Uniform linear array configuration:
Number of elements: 12
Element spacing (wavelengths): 0.5
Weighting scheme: exponential
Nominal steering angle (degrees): -15
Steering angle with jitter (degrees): -14.608
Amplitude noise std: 0.05
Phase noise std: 0.05

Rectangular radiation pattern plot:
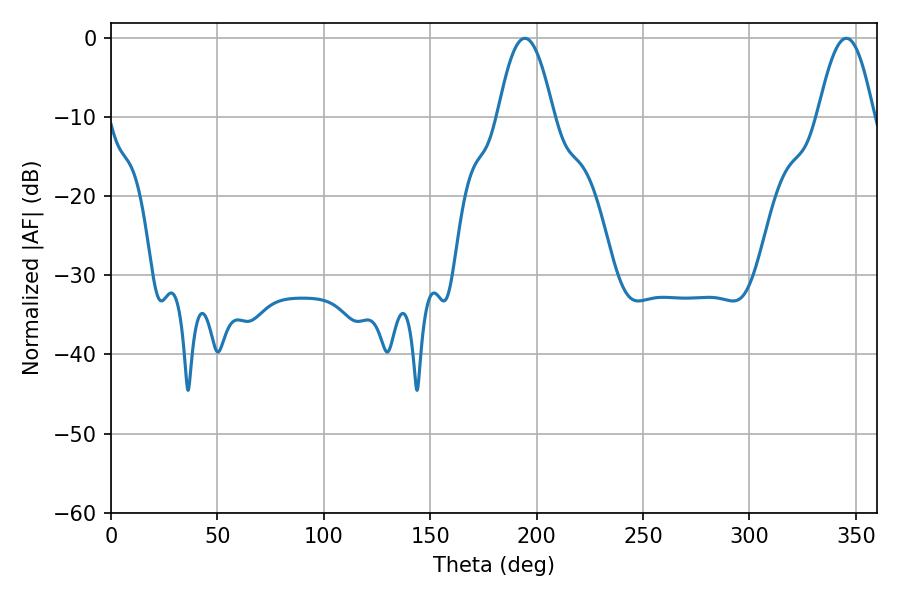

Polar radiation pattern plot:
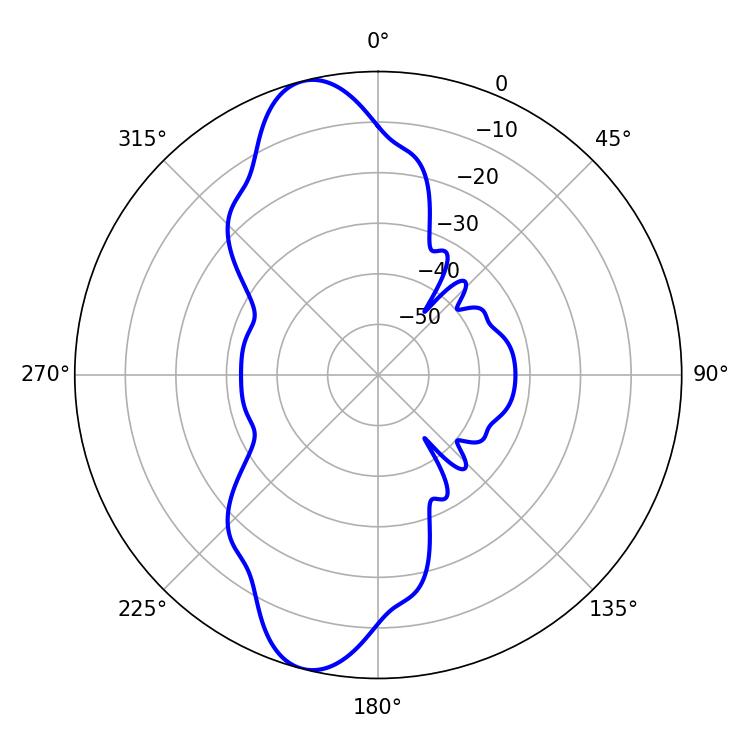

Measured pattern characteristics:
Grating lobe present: FALSE
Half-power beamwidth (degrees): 14.4
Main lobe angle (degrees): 194.4